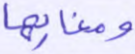
ومغاربها